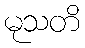
မုသတိ